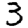
Digit: 3